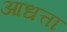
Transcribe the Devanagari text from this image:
आधत्तां